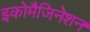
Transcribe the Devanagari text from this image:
इकोमैजिनेशन